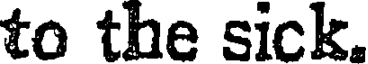
to the sick.